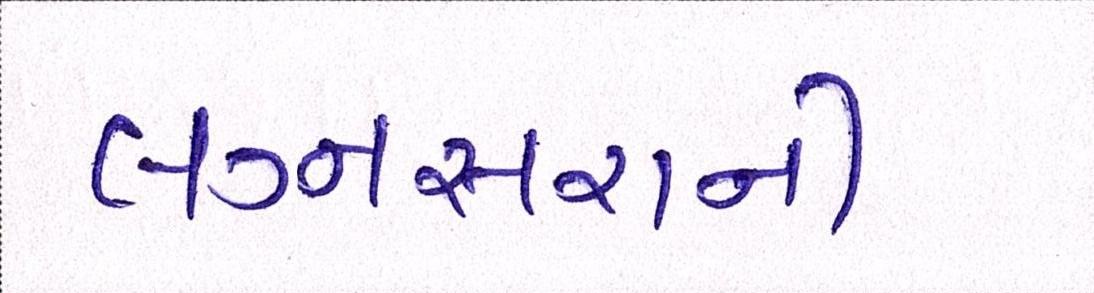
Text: લગ્નસરાની